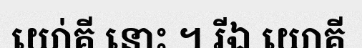
យោ់គី នោះ ។ រីឯ យោគី